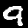
Label: 9